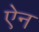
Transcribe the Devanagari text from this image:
एेन